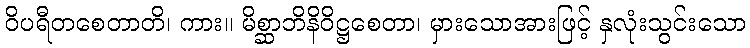
ဝိပရီတစေတာတိ၊ ကား။ မိစ္ဆာဘိနိဝိဋ္ဌစေတာ၊ မှားသောအားဖြင့် နှလုံးသွင်းသော